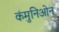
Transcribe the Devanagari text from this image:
कंमुनिओन